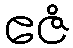
ဧဇံ